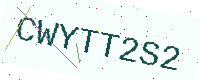
Text: CWYTT2S2